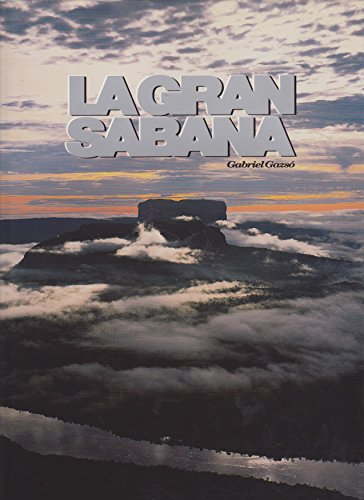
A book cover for La Gran Sabana (Spanish Edition); Gabriel Gazso; Travel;